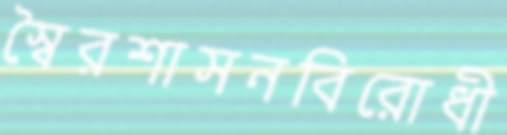
স্বৈরশাসনবিরোধী